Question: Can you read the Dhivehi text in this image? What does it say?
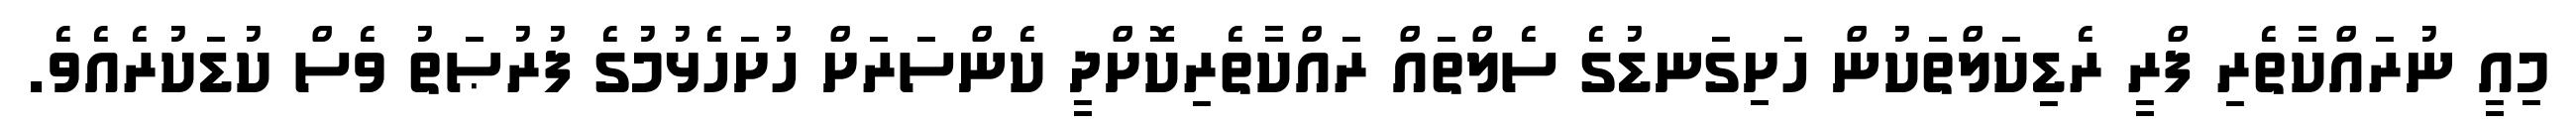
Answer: މިއީ ނުރައްކާތެރި ފްރީ ރެޑިކަލްތަކުން ހަށިގަނޑުގެ ސެލްތައް ރައްކާތެރިކޮށްދީ ކެންސަރަށް ހުށަހެޅުމުގެ ފުރުޞަތު ވެސް ކުޑަކުރެއެވެ.